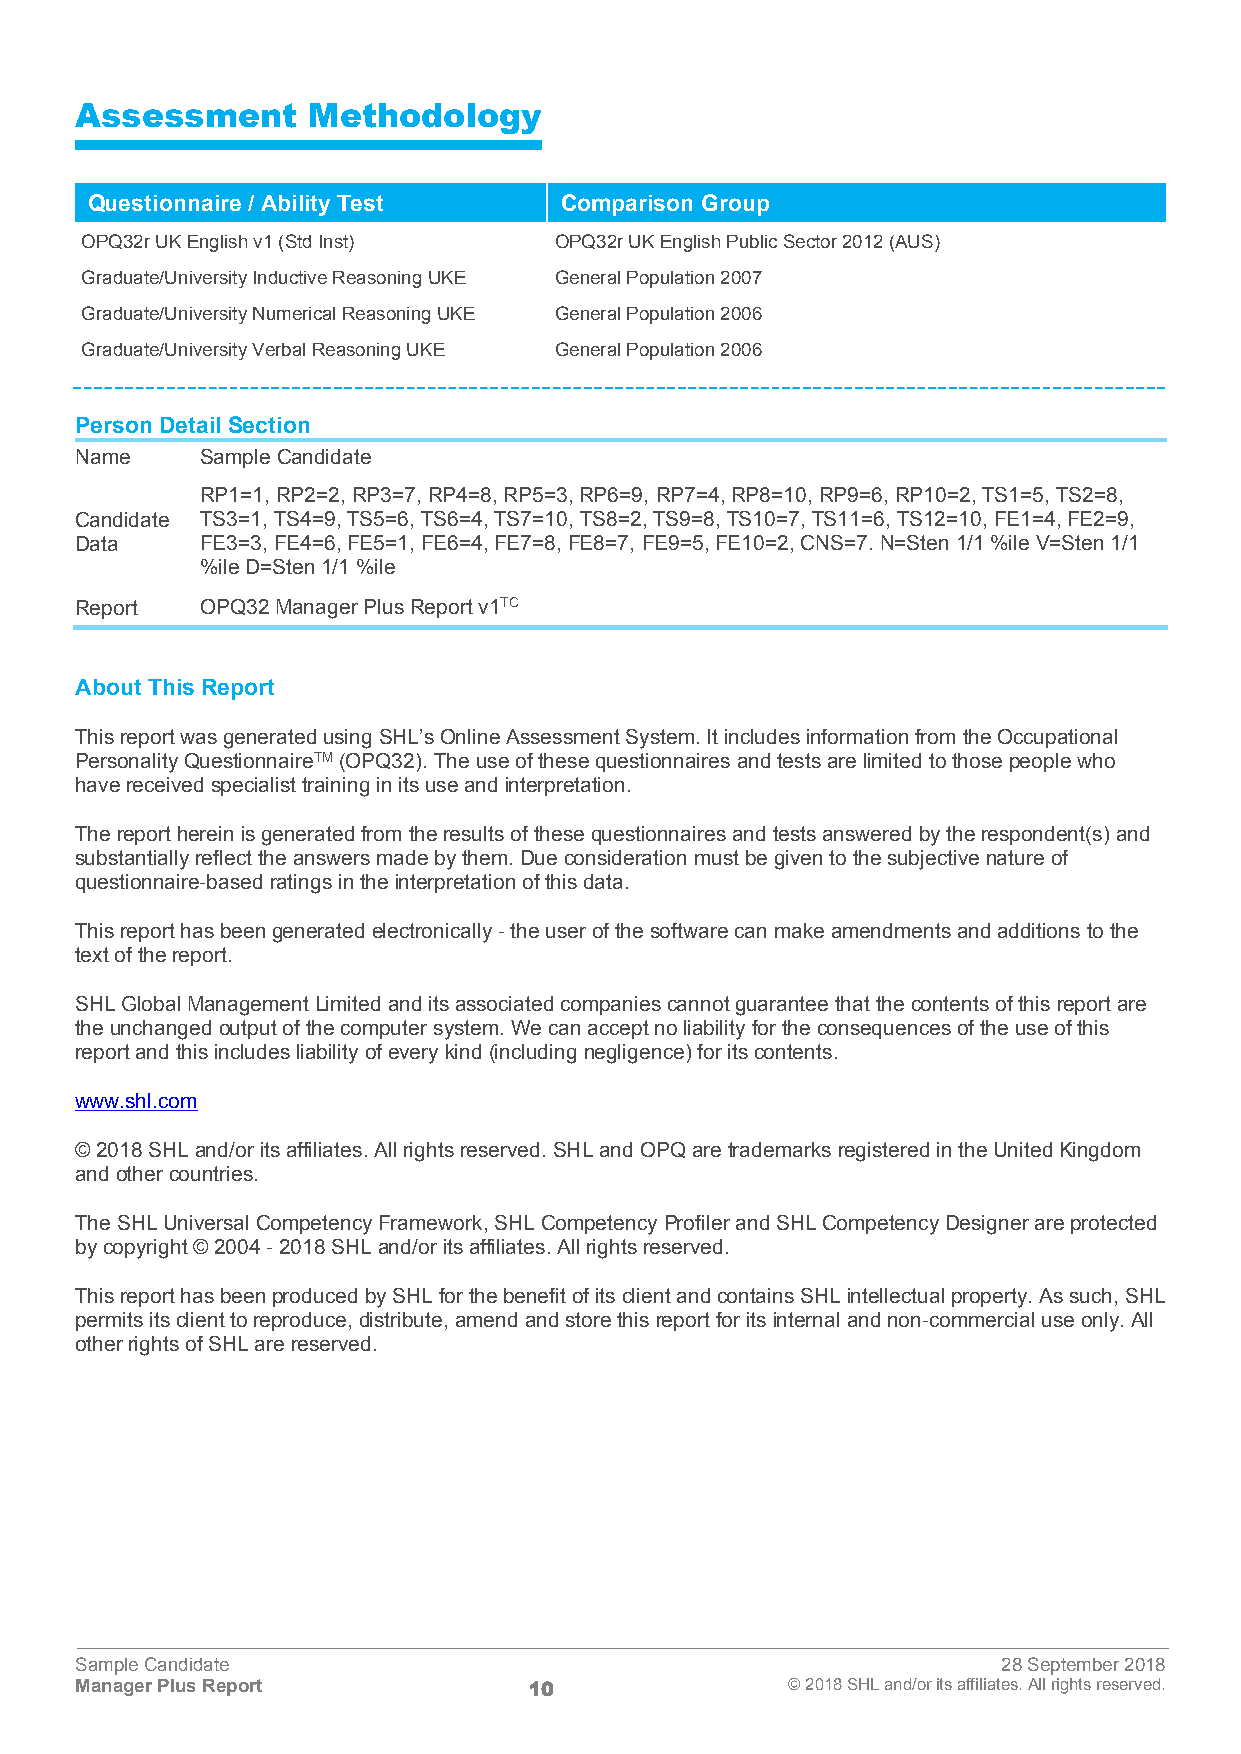
Assessment     Methodology
 Questionnaire / Ability Test   Comparison Group
 OPQ32r UK English v1 (Std Inst) OPQ32r UK English Public Sector 2012 (AUS)
 Graduate/University Inductive Reasoning UKE General Population 2007
 Graduate/University Numerical Reasoning UKE General Population 2006
 Graduate/University Verbal Reasoning UKE General Population 2006
 Person Detail Section
 Name    Sample Candidate
 RP1=1, RP2=2, RP3=7, RP4=8, RP5=3, RP6=9, RP7=4, RP8=10, RP9=6, RP10=2, TS1=5, TS2=8,
 Candidate TS3=1, TS4=9, TS5=6, TS6=4, TS7=10, TS8=2, TS9=8, TS10=7, TS11=6, TS12=10, FE1=4, FE2=9,
 Data    FE3=3, FE4=6, FE5=1, FE6=4, FE7=8, FE8=7, FE9=5, FE10=2, CNS=7. N=Sten 1/1 %ile V=Sten 1/1
 %ile D=Sten 1/1 %ile
 Report  OPQ32 Manager Plus Report v1TC
 About This Report
 This report was generated using SHL’s Online Assessment System. It includes information from the Occupational
 Personality QuestionnaireTM (OPQ32). The use of these questionnaires and tests are limited to those people who
 have received specialist training in its use and interpretation.
 The report herein is generated from the results of these questionnaires and tests answered by the respondent(s) and
 substantially reflect the answers made by them. Due consideration must be given to the subjective nature of
 questionnaire-based ratings in the interpretation of this data.
 This report has been generated electronically - the user of the software can make amendments and additions to the
 text of the report.
 SHL Global Management Limited and its associated companies cannot guarantee that the contents of this report are
 the unchanged output of the computer system. We can accept no liability for the consequences of the use of this
 report and this includes liability of every kind (including negligence) for its contents.
 www.shl.com
 © 2018 SHL and/or its affiliates. All rights reserved. SHL and OPQ are trademarks registered in the United Kingdom
 and other countries.
 The SHL Universal Competency Framework, SHL Competency Profiler and SHL Competency Designer are protected
 by copyright © 2004 - 2018 SHL and/or its affiliates. All rights reserved.
 This report has been produced by SHL for the benefit of its client and contains SHL intellectual property. As such, SHL
 permits its client to reproduce, distribute, amend and store this report for its internal and non-commercial use only. All
 other rights of SHL are reserved.
 Sample Candidate                                             28 September 2018
 Manager Plus Report           10               © 2018 SHL and/or its affiliates. All rights reserved.